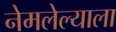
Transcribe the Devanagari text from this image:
नेमलेल्याला